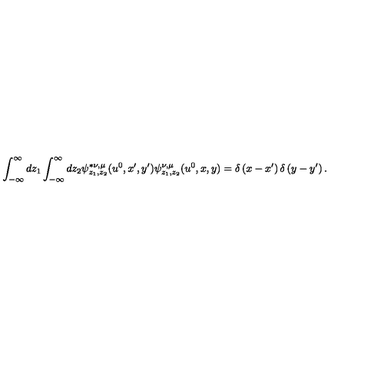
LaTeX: \int _ { - \infty } ^ { \infty } d z _ { 1 } \int _ { - \infty } ^ { \infty } d z _ { 2 } \psi _ { z _ { 1 } , z _ { 2 } } ^ { \ast \nu , \mu } ( u ^ { 0 } , x ^ { \prime } , y ^ { \prime } ) \psi _ { z _ { 1 } , z _ { 2 } } ^ { \nu , \mu } ( u ^ { 0 } , x , y ) = \delta \left( x - x ^ { \prime } \right) \delta \left( y - y ^ { \prime } \right) .